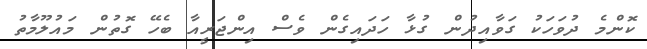
ކޮންމެ ދުވަހަކު ގަވާއިދުން ގުޅާ ހަދައިގެން ވެސް އިންޖަރީއާ ބެހޭ ގޮތުން މައުލޫމާތު